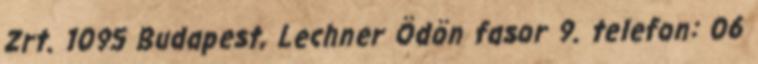
Zrt. 1095 Budapest, Lechner Ödön fasor 9. telefon: 06